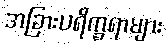
အခြားပရိက္ခရာများ